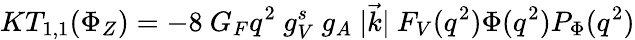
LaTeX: KT_{1,1}(\Phi_{Z})=-8\ G_{F}q^{2}\ g_{V}^{s}\ g_{A}\ |\vec{k}|\ F_{V}(q^{2})\Phi(q^{2})P_{\Phi}(q^{2})